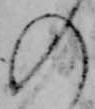
の